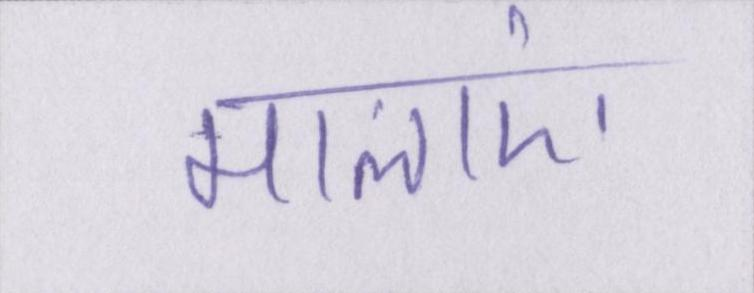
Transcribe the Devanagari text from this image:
मालाएं